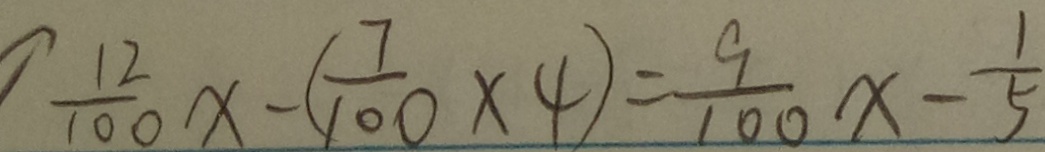
\frac { 1 2 } { 1 0 0 } x - ( \frac { 7 } { 1 0 0 } \times 4 ) = \frac { 9 } { 1 0 0 } x - \frac { 1 } { 5 }